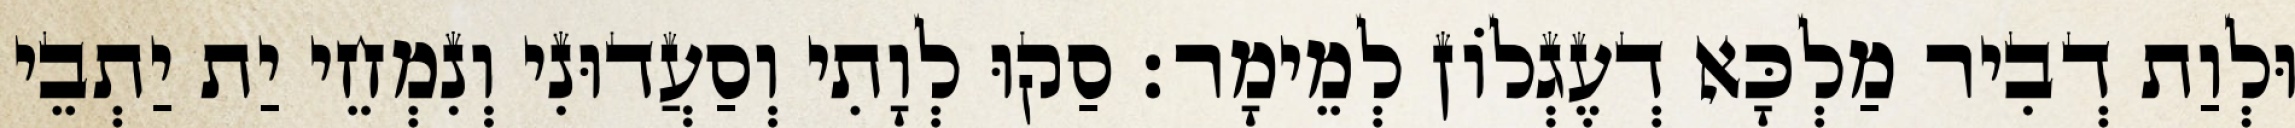
וּלְוַת דְבִיר מַלְכָּא דְעֶגְלוֹן לְמֵימָר׃ סַקוּ לְוָתִי וְסַעֲדוּנִי וְנִמְחֵי יַת יַתְבֵי